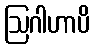
ဩဂါဟာပိ